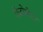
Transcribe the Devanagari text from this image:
फेदोमीटर